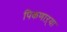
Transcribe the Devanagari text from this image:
पिकणाऱ्या